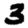
Digit: 3